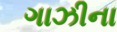
ગાઝીના